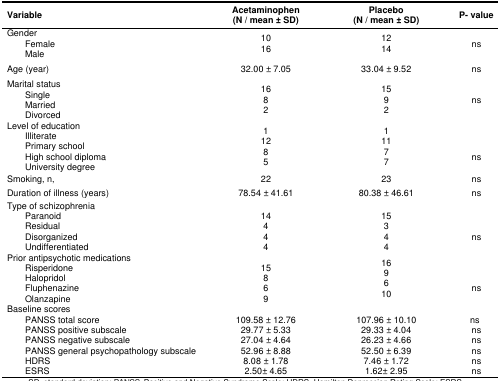
<table><thead><tr><td><b>Variable</b></td><td><b>Acetaminophen(N / mean ± SD)</b></td><td><b>Placebo(N / mean ± SD)</b></td><td><b>P- value</b></td></tr></thead><tbody><tr><td>GenderFemaleMale</td><td>1016</td><td>1214</td><td>ns</td></tr><tr><td>Age (year)</td><td>32.00 ± 7.05</td><td>33.04 ± 9.52</td><td>ns</td></tr><tr><td>Marital statusSingleMarriedDivorced</td><td>1682</td><td>1592</td><td>ns</td></tr><tr><td>Level of educationIlliteratePrimary schoolHigh school diplomaUniversity degree</td><td>11285</td><td>11177</td><td>ns</td></tr><tr><td>Smoking, n,</td><td>22</td><td>23</td><td>ns</td></tr><tr><td>Duration of illness (years)</td><td>78.54 ± 41.61</td><td>80.38 ± 46.61</td><td>ns</td></tr><tr><td>Type of schizophreniaParanoidResidualDisorganizedUndifferentiated</td><td>14444</td><td>15344</td><td>ns</td></tr><tr><td>Prior antipsychotic medicationsRisperidoneHalopridolFluphenazineOlanzapine</td><td>15869</td><td>169610</td><td>ns</td></tr><tr><td>Baseline scoresPANSS total scorePANSS positive subscalePANSS negative subscalePANSS general psychopathology subscaleHDRSESRS</td><td>109.58 ± 12.7629.77 ± 5.3327.04 ± 4.6452.96 ± 8.888.08 ± 1.782.50± 4.65</td><td>107.96 ± 10.1029.33 ± 4.0426.23 ± 4.6652.50 ± 6.397.46 ± 1.721.62± 2.95</td><td>nsnsnsnsnsns</td></tr></tbody></table>